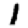
Digit: 1